Report on the working of the Ranchi Indian Mental Hospital, Kanke, in Bihar and Orissa - 1930-1940
Year: 1930
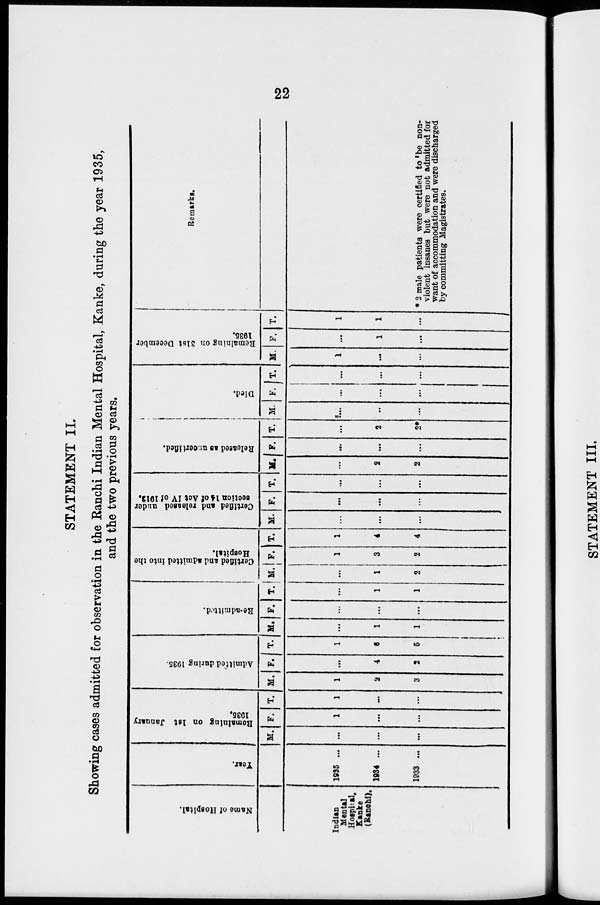
22
STATEMENT II.
Showing cases admitted for observation in the Ranchi Indian Mental Hospital, Kanke, during the year 1935,
and the two previous years.
Name of Hospital.
Indian
Mental
Hospital,
Kanke
(Ranchi).
Year.
1935 ...
1934 ...
1933 ...
Remaining on 1st January
1935.
M.
...
...
...
F.
1
...
...
T.
1
...
...
Admitted during 1935.
M.
1
2
3
F.
...
4
2
T.
1
6
5
Re-admitted.
M.
...
1
1
F.
...
...
...
T.
...
1
1
Certified and admitted into the
Hospital.
M.
...
1
2
F.
1
3
2
T.
1
4
4
Certified and released under
section 14 of Act IV of 1912.
M.
...
...
...
F.
...
...
...
T.
...
...
...
Released as uncertified.
M.
...
2
2
F.
...
...
...
T.
...
2
2*
Died.
M.
...
...
...
F.
...
...
...
T.
...
...
...
Remaining on 31st December
1935.
M.
1
...
...
F.
...
1
...
T.
1
1
...
Remarks.
* 2 male patients were certified to be non-
violent insanes but were not admitted for
want of accommodation and were discharged
by committing Magistrates.